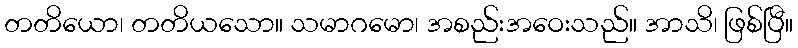
တတိယော၊ တတိယသော။ သမာဂမော၊ အစည်းအဝေးသည်။ အာသိ၊ ဖြစ်ပြီ။